Vital statistics of India. Vol. VI, European troops 1870-79
Year: 1870
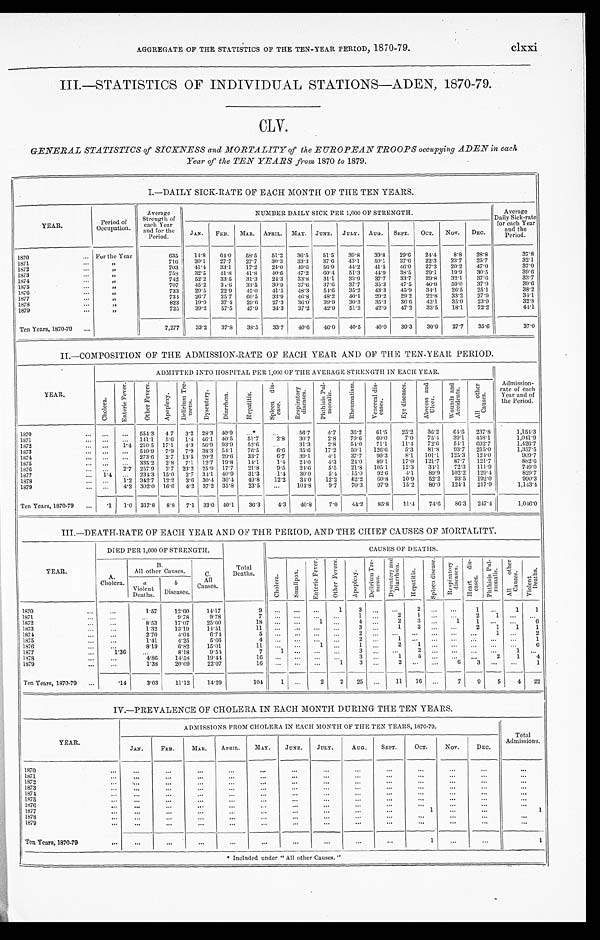
AGGREGATE OF THE STATISTICS OF THE TEN-YEAR PERIOD, 1810-79.
clxxi
III.—STATISTICS OF INDIVIDUAL STATIONS—ADEN, 1870-79.
GENERAL STATISTICS of SICKNESS and MORTALITY of the EUROPEAN TROOPS occupying ADEN in each
Year of the TEN YEARS from 1870 to 1879.
Y
I.—DAILY SICK-RATE OF EACH MONTH OF THE TEN YEARS.
YEAR. YEAR.
Period of
Occupation.
A v e r a g e S t r e n g t h o f e a c h Y e a r a n d f o r t h e P e r i o d .
NUMBER DAILY SICK PER 1,000 OF STRENGTH.
Average
Daily Sick-rate
for each Year a n d t h e
Period.
JAN. FEB. MAR. APRIL. MAY. JUNE. JULY. AUG. SEPT. OCT. NOV. DEC.
1870
For the Year
635 14.8 64.0 58.5 51.2 36.5 51.5 39.8 39.8 29.6 24.4 8.8 28.8
37.8
1871
„
716 30.1 27.7 27.7 30.3 33.3 37.6 43.1 50.1 37.6 22.3 23.7 25.7
32.1
1872
„
703 41.4 33.1 17.2 24.0 49.6 56.9 44.2 41.5 46.0 27.3 20.2 47.0
37.0
1873
„
758 32.5 41.8 41.8 40.6 47.2 60.4 51.3 44.9 38.5 29.1 19.9 30.5
39.6
1871
„
742 52.2 33.5 31.3 2.3 33.8 31.1 33.9 37.7 33.7 29.8 32.1 37.6
33.7
1875
„
707 45.2 34.6 33.5 30.9 37.6 37.6 37.7 35.3 47.5 40.9 59.0 37.9
39.6
1876
„
733 29.5 22.9 45.0 41.5 48.3 54.6 35.2 43.3
4 5 . 9 34.1 26.5 25.1
38.2
1877
„
734 26.7 25.7 60.5 33.9 46.8 48.2 40.1 29.2 29.2 22.8 33.2 27.9
34.1
1878
„
823 19.9 37.4 29.6 27.3 36.0 39.9 30.3 35.3 36.6 43.1 35.0 23.9
32.8
1879
„
725 39.2 57.5 47.9 34.3 37.2 42.9 51.2 42.9 47.2 33.5 18.1 72.2
44.1
Ten Years, 1870-79
7,277 33.2 37.8 38.5 33.7 40.6 46.0 40.5 40.0 39.3 30.9 27.7 35.6
37.0
II.—COMPOSITION OF THE ADMISSION-RATE OF EACH YEAR AND OF THE TEN-YEAR PERIOD.
YEAR.
ADMITTED INTO HOSPITAL PER 1,000 OF THE AVERAGE STRENGTH IN EACH YEAR.
Admission-
rate of each
Year and of
the Period.
C h o l e r a .
E n t e r i c F e v e r . O t h e r F e v e r s .
A p o p l e x y .
D e l i r i u m T r e -
m e n s .
Dysentery. D i a r r h œ a .
H e p a t i t i s .
S p l e e n d i s -
e a s e s .
Respiratory diseases.
P h t h i s i s P u l -
m o n a l i s .
R h e u m a t i s m .
V e n e r e a l d i s -
e a s e s .
E y e d i s e a s e s . A b s c e s s a n d
U l c e r .
W o u n d s a n d
A c c i d e n t s .
A l l o t h e r
C a u s e s .
1 8 7 0
554.3 4.7 3.2 28.3 40.9 *
56.7 4.7 36.2 61.5 25.2 36.2 64.6 237.8
1 , 1 5 4 . 3
1871
141.1 5.6 1.4 46.1 40.5 51.7 2.8 30.7 2.8 79.6 60.0 7.0 75.4 39.1 458.1
1,041.9
1872
1 . 4 210.5 17.1 4.3 56.9 93.9 52.6
31.3 2.8
54.0 71.1 11.4 72.6 54.1 692.7
1,426.7
1873
540.9 7.9 7.9 38.3 54.1 76.5 6 .6 35.6 17.2 50.1 126.6 5.3 81.8
9 3 . 7 215.0
1,357.5
1874
273.6 2.7 13.5 20.2 29.6 38.7 6.7 39.1 4.1 37.7 90.3 8.1 101.1 125.3 124.0
909.7
1875
335.2 2.8 7.1 12.7 19.8 14.1 1.4 24.0
4 . 3 24.0 89.1 17.0 121.7 87.7 121.7
882.6
1876
2.7 257.9 2.7 23.2 25.9 17.7 21.8 9.5 24.6 5.5 21.8 105.1 12.3 34.1 72.3 111.9
749.0
1877
1.4
234.3 15.0 2.7 34.1 40.9 31.3 1.4 30.0 5.4 15.0 92.6
4 . 1 89.9 102.2 129.4
829.7
1878
1.2 342.7 12.2 3.6 30.4 30.4 49.8 12.2 34.0 12.2
52.2 60.8 10.9 52.2 93.5 192.0
990.3
1879
4.2 302.0 16.6 4.2 37.2 35.8 23.5
104.8 9.7 70.3 97.9 15.2 80.0 124.1 217.9
1,143.4
Ten Years, 1870-79
.1 1 . 0 317.8 8.8 7.1 33.0 40.1 36.3 4.3 40.8 7.0 44.2 85.8 11.4 74.6 86.3 247.4
1,046.0
III.—DEATH-RATE OF EACH YEAR AND OF THE PERIOD, AND THE CHIEF CAUSES OF MORTALITY.
YEAR.
DIED PER 1,000 OF STRENGTH.
Total
Deaths.
CAUSES OF DEATHS.
A.
Cholera.
B.
All other Causes. C .
All
Causes.
C h o l e r a .
S m a l l p o x . E n t e r i c F e v e r .
O t h e r F e v e r s . A p o p l e x y .
D e l i r i u m T r e -
m e n s .
D y s e n t e r y a n d
D i a r r h œ a .
H e p a t i t i s .
S p l e e n d i s -
e a s e s .
R e s p i r a t o r y
d i s e a s e s . H e a r t d i s -
e a s e s .
P h t h i s i s P u l -
m o n a l i s . A l l o t h e r
C a u s e s .
V i o l e n t
D e a t h s .
a
Violent
Deaths.
b
Diseases.
1870
1.57 12.60 14.17
9
1 3
2
1
1 1
1871
9.78 9.78
7
1
2
1
2
1
1872
8.53 17.07 25.60
1 8
1
4
2
3
1
1
6
1873
1.32 13.19 14.51
11
3
1
2
2 1 1 1
1874
2.70 4.04 6.74
5
2
1
2
1875
1.41 4.25 5.66
4
2
1
1
1876
8.19 6.82 15.01
11
1
1
2
1
6
1877
1 . 3 6
8.18 9.54
7
1
3
2
1
1878 1879
4.86 1.38 14.58
20.69 19.44 22.07
16 16
1 3 3
1 2
5
6 3 2 1 4 1
Ten Years, 1870-79
. 1 4 3.03 11.12 14.29
104 1
2 2 25
11 16
7 9 5 4 22
IV.—PREVALENCE OF CHOLERA IN EACH MONTH DURING THE TEN YEARS.
YEAR.
ADMISSIONS FROM CHOLERA IN EACH MONTH OF THE TEN YEARS, 1870-79.
Total
Admissions.
JAN. FEB. MAR. APRIL. MAY. JUNE. JULY. AUG. SEPT. OCT. NOV. DEC.
1870 1871
1872 1873 1874 1875 1876 1877 1878 1879
1
1
Ten Years, 1870-79
1
1
*Inclu led under "All other Causes."